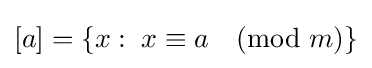
[a]=\{x:\;x\equiv a{\pmod {m}}\}